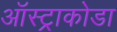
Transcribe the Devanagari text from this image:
ऑस्ट्राकोडा